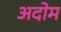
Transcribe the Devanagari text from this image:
अदोम